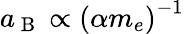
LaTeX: a_{\mathrm{~B~}}\propto\left(\alpha m_{e}\right)^{-1}